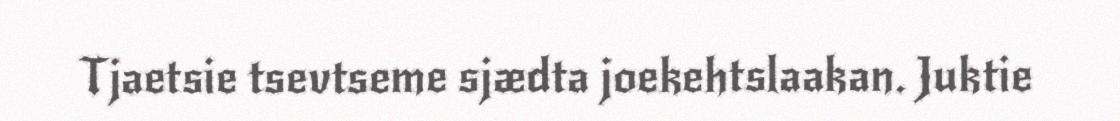
Tjaetsie tsevtseme sjædta joekehtslaakan. Juktie